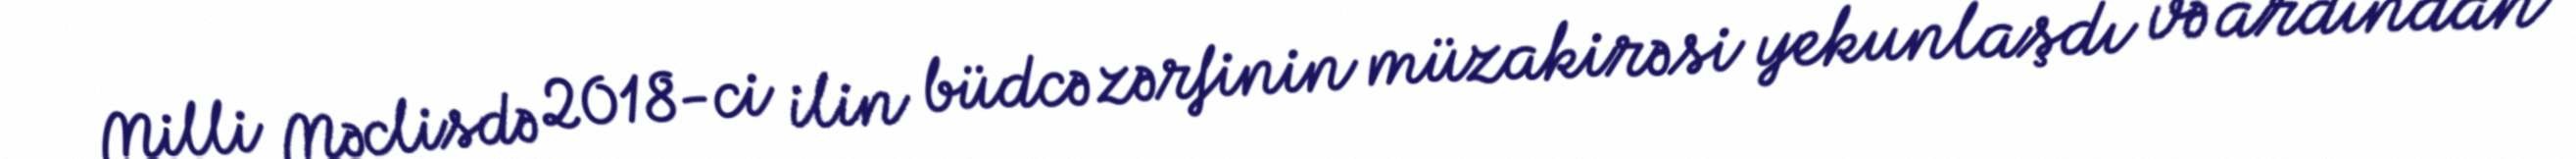
Milli Məclisdə 2018-ci ilin büdcə zərfinin müzakirəsi yekunlaşdı və ardından